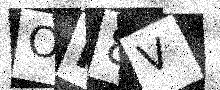
Text: OI8V